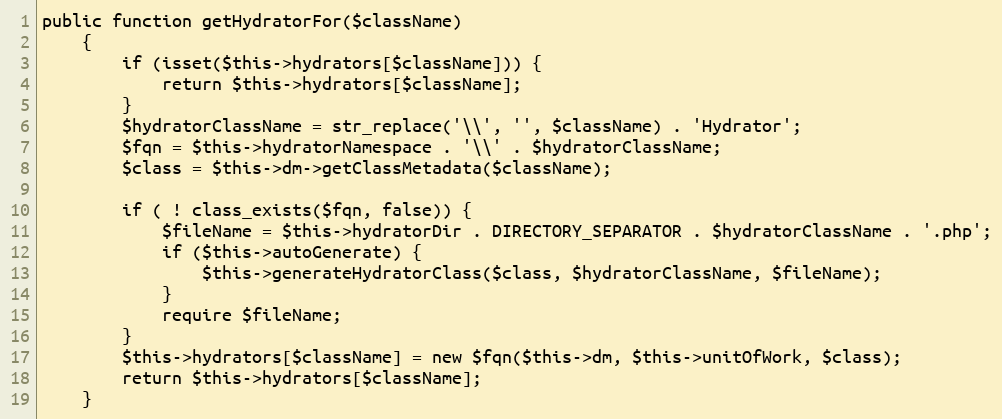
Language: PHP
public function getHydratorFor($className)
    {
        if (isset($this->hydrators[$className])) {
            return $this->hydrators[$className];
        }
        $hydratorClassName = str_replace('\\', '', $className) . 'Hydrator';
        $fqn = $this->hydratorNamespace . '\\' . $hydratorClassName;
        $class = $this->dm->getClassMetadata($className);

        if ( ! class_exists($fqn, false)) {
            $fileName = $this->hydratorDir . DIRECTORY_SEPARATOR . $hydratorClassName . '.php';
            if ($this->autoGenerate) {
                $this->generateHydratorClass($class, $hydratorClassName, $fileName);
            }
            require $fileName;
        }
        $this->hydrators[$className] = new $fqn($this->dm, $this->unitOfWork, $class);
        return $this->hydrators[$className];
    }